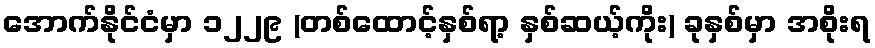
အောက်နိုင်ငံမှာ ၁၂၂၉ (တစ်ထောင့်နှစ်ရာ့ နှစ်ဆယ့်ကိုး) ခုနှစ်မှာ အစိုးရ